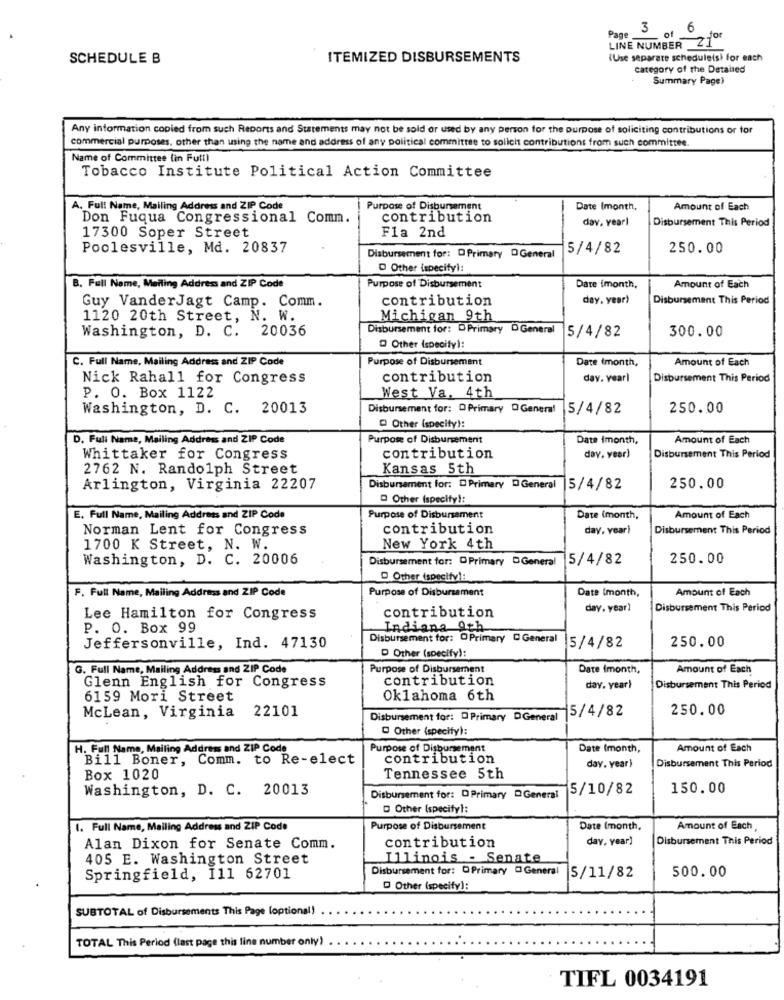
.3 . 6
Page
21
for
LINE NUMBER
SCHEDULE B
ITEMIZED DISBURSEMENTS
(Use separate scheduleisi for each
category of the Detalied
Summary Page)
Any information copied from such Reports and Statements may not be sold or used by any person for the purpose of soliciting contributions or for
commercial purposes, other than using the name and address of any political committee to solicit contributions from such committee.
Name of Committee tin Futtl
Tobacco Institute Political Action Committee
A. Full Name, Mailing Address and ZIP Code
Purpose of Disbursement
Date Imonth,
Amount of Each
Don Fuqua Congressional Comm.
contribution
day. yearl
Disbursement This Period
Fla 2nd
17300 Soper Street
Poolesville, Md. 20837
5/4/82
250.00
Disbursement for: D Primary D General
D Other (specifyl:
B. Full Name, Mailing Address and ZIP Code
Purpose of Disbursement
Date imonth,
Amount of Each
Guy VanderJagt Camp. Comm.
contribution
day. year)
Disbursement This Period
1120 20th Street, N. W.
Michigan 9th
Washington, D. C. 20036
Disbursement for: DPrimary DGeneral
5/4/82
300.00
Q Other (specify):
C. Full Name, Mailing Address and ZIP Code
Purpose of Disbursement
Date Imonth,
Amount of Each
Nick Rahall for Congress
contribution
day. yearl
Disbursement This Period
West Va. 4th
P. O. Box 1122
Washington, D. C. 20013
Disbursement for: D Primary DGeneral
5/4/82
250.00
@ Other (specify):
D. Full Name, Mailing Address and ZIP Code
Purpose of Disbursement
Date Imonth,
Amount of Each
Whittaker for Congress
contribution
day, year)
Disbursement This Period
2762 N. Randolph Street
Kansas 5th
Arlington, Virginia 22207
Disbursement for: D Primary D General 5/4/82
250.00
Other (specify !:
E. Full Name, Mailing Address and ZIP Code
Purpose of Disbursement
Date (month,
Amount of Each
Norman Lent for Congress
contribution
day, year)
Disbursement This Period
1700 K Street, N. W.
New York 4th
Washington, D. C. 20006
Disbursement for: D Primary DGeneral
5/4/82
250.00
D Other (specify !:
F. Full Name, Mailing Address and ZIP Code
Date (month,
Amount of Each
Purpose of Disbursement
contribution
day. year)
Disbursement This Period
Lee Hamilton for Congress
P. O. Box 99
Indiana 9th
Disbursement for: OPrimary D General
250.00
Jeffersonville, Ind. 47130
5/4/82
D Other (specify):
G. Full Name, Mailing Address and ZIP Code
Purpose of Disbursement
Date Imonth,
Amount of Each
Glenn English for Congress
contribution
day. year)
Disbursement This Period
6159 Mori Street
Oklahoma 6th
22101
-5/4/82
250.00
McLean, Virginia
Disbursement for: DPrimary DGeneral
Other (specify):
H. Full Name, Mailing Address and ZIP Code
Purpose of Disbursement
Date (month,
Amount of Each
Bill Boner, Comm. to Re-elect
contribution
Disbursement This Period
day. year)
Box 1020
Tennessee 5th
Washington, D. C. 20013
5/10/82
150.00
Disbursement for: D Primary DGeneral
D Other (specifyl:
1. Full Name, Mailing Address and ZIP Code
Purpose of Disbursement
Date (month,
Amount of Each,
contribution
day, year)
Disbursement This Period
Alan Dixon for Senate Comm.
405 E. Washington Street
Illinois - Senate
Disbursement for: OPrimary @General
500.00
Springfield, I11 62701
S/11/82
D Other (specify):
SUBTOTAL of Disbursements This Page (optional!
TOTAL This Period (last page this line number only)
TIFL 0034191